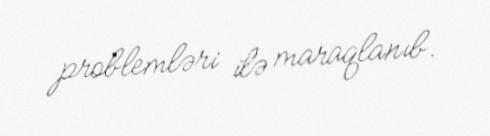
problemləri ilə maraqlanıb.